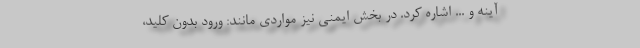
آینه و ... اشاره کرد. در بخش ایمنی نیز مواردی مانند: ورود بدون کلید،